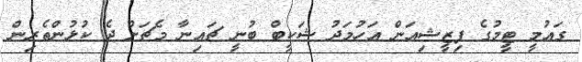
ގައުމީ ޓީމުގެ ފިޒީޝިއަން އަހުމަދު ޝަކީބް ބުނީ ޗައިނާ މެޗަށް ދެ ކުޅުންތެރިން